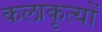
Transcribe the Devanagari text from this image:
कलाकृत्यों